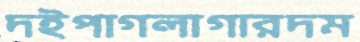
দইপাগলাগারদম